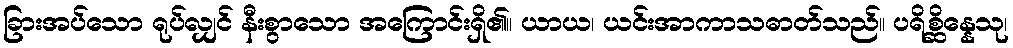
ခြားအပ်သော ရုပ်လျှင် နီးစွာသော အကြောင်းရှိ၏။ ယာယ၊ ယင်းအာကာသဓာတ်သည်။ ပရိစ္ဆိန္နေသု၊